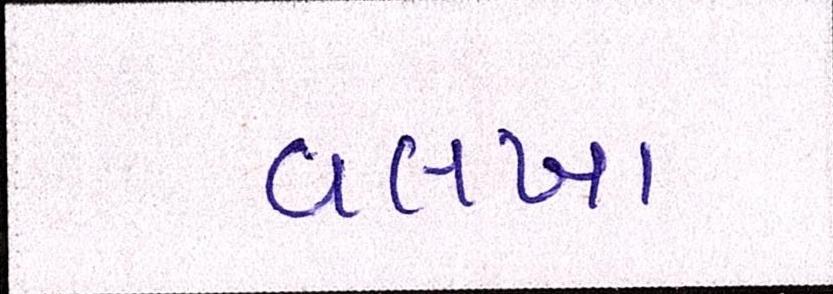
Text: વલખા